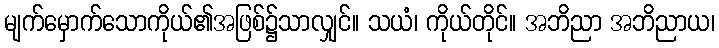
မျက်မှောက်သောကိုယ်၏အဖြစ်၌သာလျှင်။ သယံ၊ ကိုယ်တိုင်။ အဘိညာ အဘိညာယ၊